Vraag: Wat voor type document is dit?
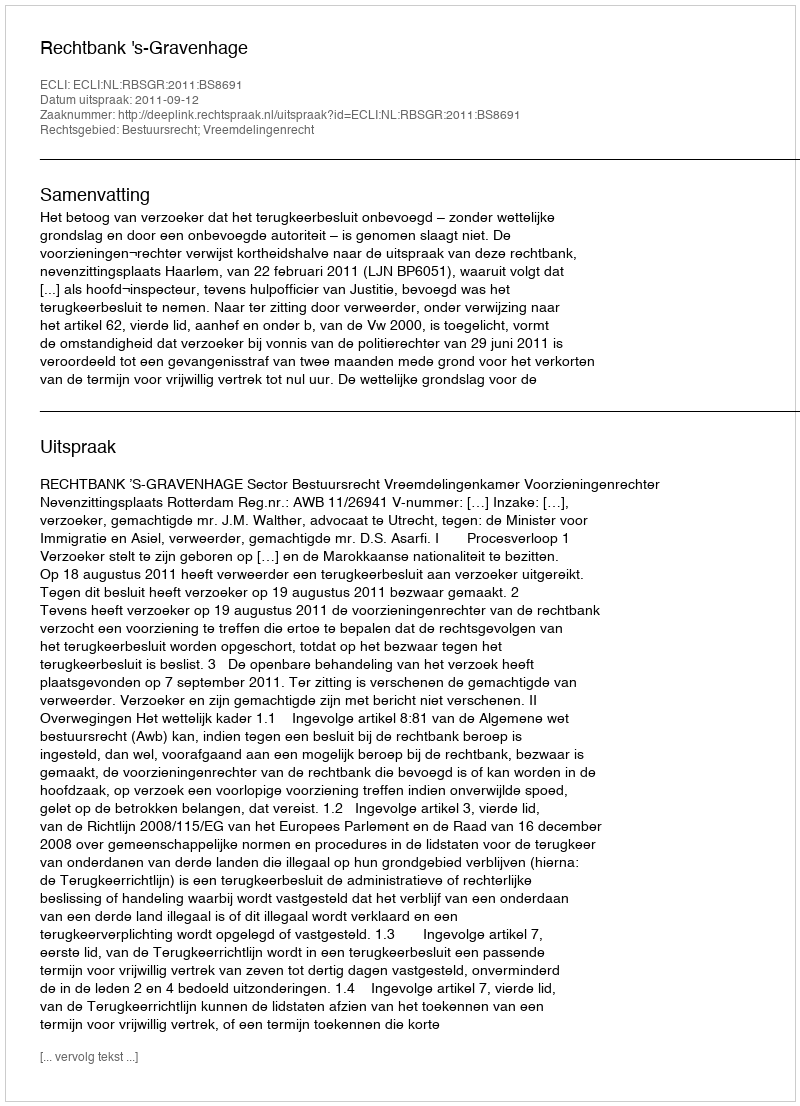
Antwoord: Uitspraak